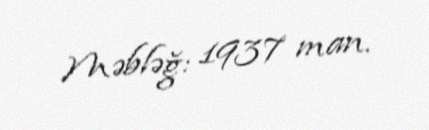
Məbləğ: 1937 man.